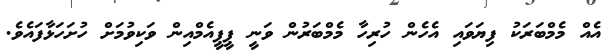
އެއް މެމްބަރަކު ފިޔަވައި އެހެން ހުރިހާ މެމްބަރުން ވަނީ ޕީޕީއެމްއިން ވަކިވުމަށް ހުށަހަޅާފައެވެ.